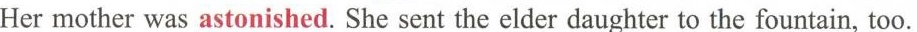
Her mother was astonished. She sent the elder daughter to the fountain, too.